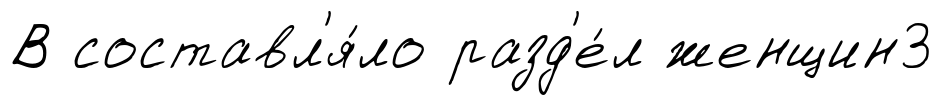
В составл'я́ло разд'е́л женщин3